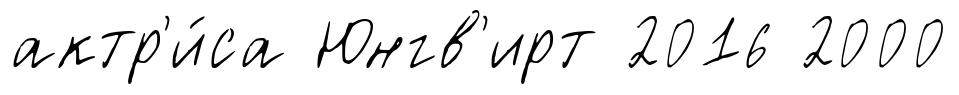
актр'и́са Юнгв'ирт 2016 2000